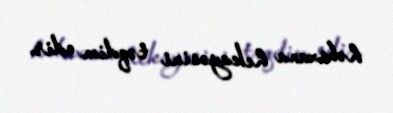
həbsxana hekayəsini təqdim edir.